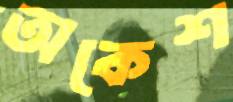
অকেশ